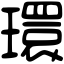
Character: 環